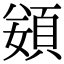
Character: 𩒭